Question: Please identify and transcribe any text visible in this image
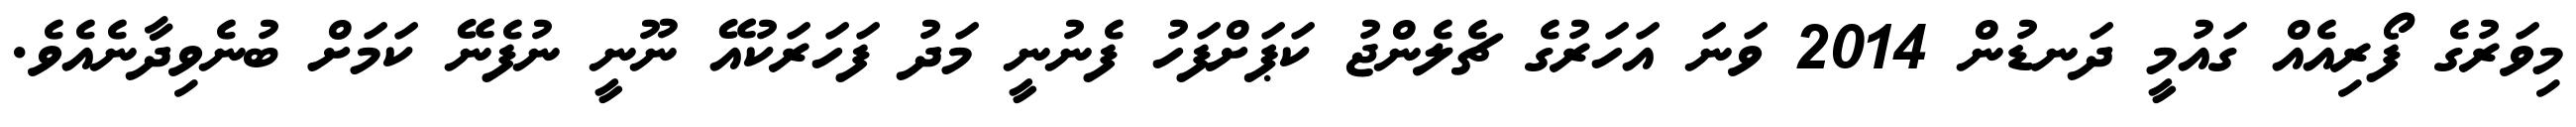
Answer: މިވަރުގެ ފޯރިއެއް ގައުމީ ދަނޑުން 2014 ވަނަ އަހަރުގެ ޗެލެންޖު ކަޕަށްފަހު ފެނުނީ މަދު ފަހަރަކުއޭ ނޫނީ ނުފެނޭ ކަމަށް ބުނެވިދާނެއެވެ.